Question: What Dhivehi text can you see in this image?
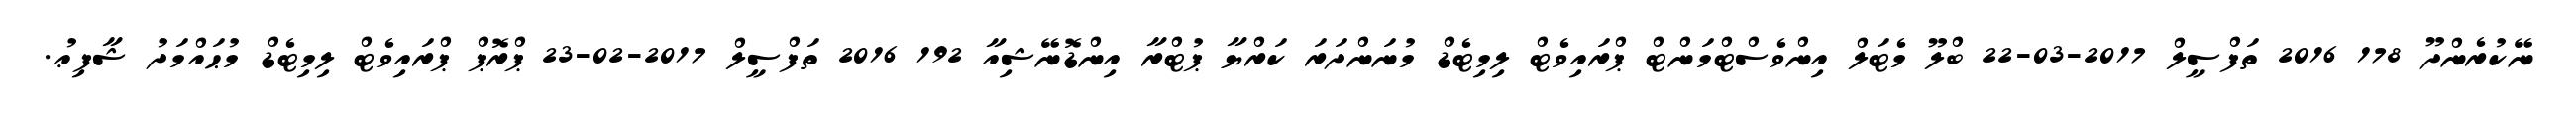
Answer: ނޭކުރެންދޫ 178 2016 ތަފްސީލް 2017-03-22 ބްލޫ މެޓަލް އިންވެސްޓްމަންޓް ޕްރައިވެޓް ލިމިޓެޑް މުނަންދަރަ ކަރްޔާ ޕުޓްރާ އިންޑޮނޭޝިއާ 192 2016 ތަފްސީލް 2017-02-23 ޕްރޮޕް ޕްރައިވެޓް ލިމިޓެޑް މުޙައްމަދު ޝާފިޢު.